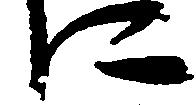
に